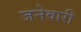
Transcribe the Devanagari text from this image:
जनेवारी